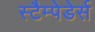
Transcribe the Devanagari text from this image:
स्टैम्पेडेर्स